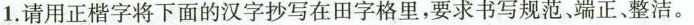
1.请用正楷字将下面的汉字抄写在田字格里，要求书写规范、端正、整洁。